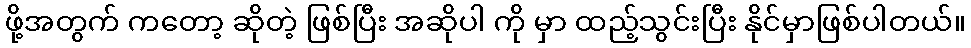
ဖို့အတွက် ကတော့ ဆိုတဲ့ ဖြစ်ပြီး အဆိုပါ ကို မှာ ထည့်သွင်းပြီး နိုင်မှာဖြစ်ပါတယ်။